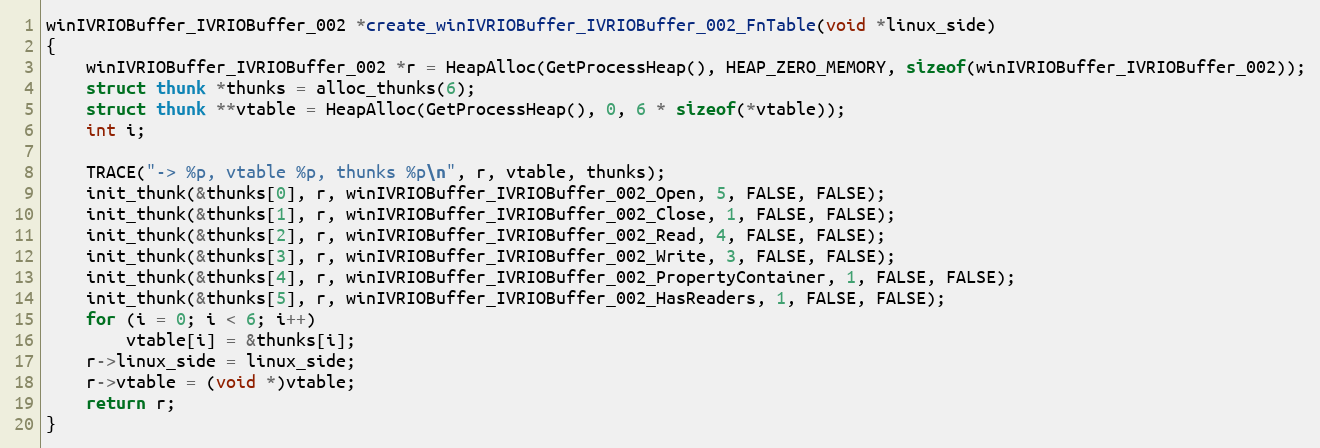
Language: C
winIVRIOBuffer_IVRIOBuffer_002 *create_winIVRIOBuffer_IVRIOBuffer_002_FnTable(void *linux_side)
{
    winIVRIOBuffer_IVRIOBuffer_002 *r = HeapAlloc(GetProcessHeap(), HEAP_ZERO_MEMORY, sizeof(winIVRIOBuffer_IVRIOBuffer_002));
    struct thunk *thunks = alloc_thunks(6);
    struct thunk **vtable = HeapAlloc(GetProcessHeap(), 0, 6 * sizeof(*vtable));
    int i;

    TRACE("-> %p, vtable %p, thunks %p\n", r, vtable, thunks);
    init_thunk(&thunks[0], r, winIVRIOBuffer_IVRIOBuffer_002_Open, 5, FALSE, FALSE);
    init_thunk(&thunks[1], r, winIVRIOBuffer_IVRIOBuffer_002_Close, 1, FALSE, FALSE);
    init_thunk(&thunks[2], r, winIVRIOBuffer_IVRIOBuffer_002_Read, 4, FALSE, FALSE);
    init_thunk(&thunks[3], r, winIVRIOBuffer_IVRIOBuffer_002_Write, 3, FALSE, FALSE);
    init_thunk(&thunks[4], r, winIVRIOBuffer_IVRIOBuffer_002_PropertyContainer, 1, FALSE, FALSE);
    init_thunk(&thunks[5], r, winIVRIOBuffer_IVRIOBuffer_002_HasReaders, 1, FALSE, FALSE);
    for (i = 0; i < 6; i++)
        vtable[i] = &thunks[i];
    r->linux_side = linux_side;
    r->vtable = (void *)vtable;
    return r;
}